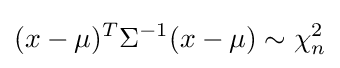
(x-\mu )^{T}\Sigma ^{-1}(x-\mu )\sim \chi _{n}^{2}